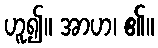
ဟူ၍။ အာဟ၊ ၏။